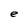
Character: e